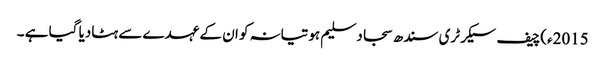
2015ء)چیف سیکرٹری سندھ سجاد سلیم ہوتیانہ کو ان کے عہدے سے ہٹادیا گیا ہے ۔